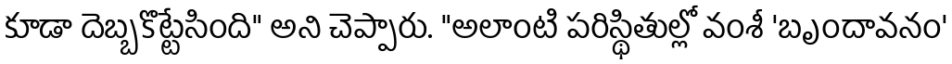
కూడా దెబ్బకొట్టేసింది" అని చెప్పారు. "అలాంటి పరిస్థితుల్లో వంశీ 'బృందావనం'